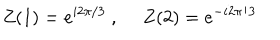
LaTeX: Z ( 1 ) = e ^ { i 2 \pi / 3 } \ , \ Z ( 2 ) = e ^ { - i 2 \pi / 3 }